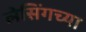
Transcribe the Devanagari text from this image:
लेसिंगच्या